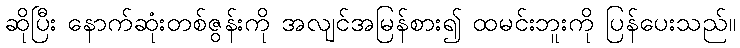
ဆိုပြီး နောက်ဆုံးတစ်ဇွန်းကို အလျင်အမြန်စား၍ ထမင်းဘူးကို ပြန်ပေးသည်။